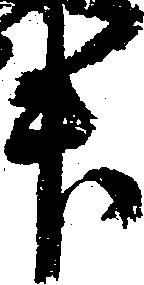
升